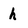
Character: h